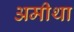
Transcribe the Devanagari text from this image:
अमीथा